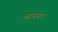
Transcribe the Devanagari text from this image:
व्याख्या